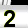
Digit: 2